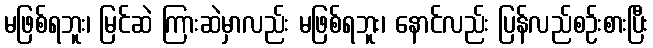
မဖြစ်ရဘူး၊ မြင်ဆဲ ကြားဆဲမှာလည်း မဖြစ်ရဘူး၊ နောင်လည်း ပြန်လည်စဉ်းစားပြီး